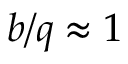
b / q \approx 1